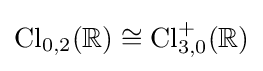
\operatorname {Cl} _{0,2}(\mathbb {R} )\cong \operatorname {Cl} _{3,0}^{+}(\mathbb {R} )